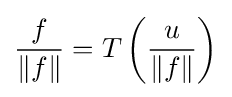
{\frac {f}{\|f\|}}=T\left({\frac {u}{\|f\|}}\right)